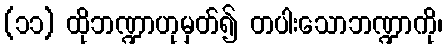
(၁၁) ထိုဘဏ္ဍာဟုမှတ်၍ တပါးသောဘဏ္ဍာကို၊